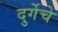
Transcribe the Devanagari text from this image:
दुर्गेचे